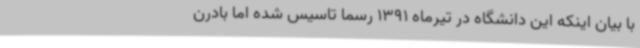
با بیان اینکه این دانشگاه در تیرماه 1391 رسما تاسیس شده اما بادرن